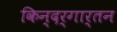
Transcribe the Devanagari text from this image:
किन्दर्गार्तन